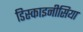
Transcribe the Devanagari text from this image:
डिस्काइनीसिया